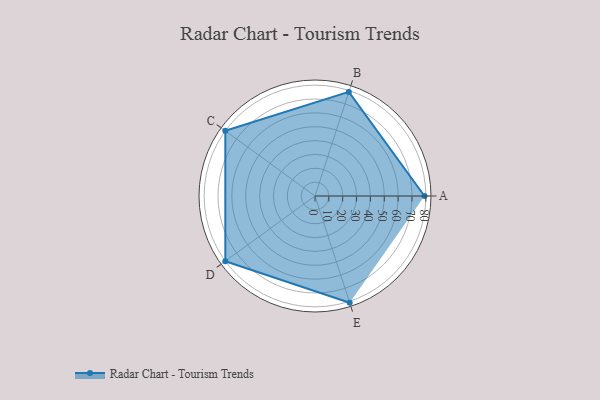
{"axis": {"x": "Skill", "y": "Score"}, "legend": ["Profile"], "data": [{"x": "A", "y": 79.0, "type": "Profile"}, {"x": "B", "y": 79.0, "type": "Profile"}, {"x": "C", "y": 80.0, "type": "Profile"}, {"x": "D", "y": 80.0, "type": "Profile"}, {"x": "E", "y": 81.0, "type": "Profile"}]}